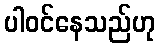
ပါဝင်နေသည်ဟု